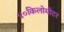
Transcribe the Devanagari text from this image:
४०किलोमीटर